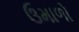
ઉમાળો